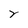
Character: Y